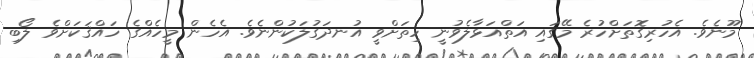
މޫނެވެ. އެހުރިގޮތަށްހުރެ މޭގައި އަތްއަޅާލެވުނީ ހިތަށްވީ އުނދަގުލަކުންނެވެ. އެހެން މީހެއްގެ ހައްޤަކަށްވެ ލޯބި